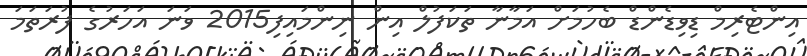
އިންޓެރިމް ޑިވިޑެންޑް ބެހުމަށް އަމާނާ ތަކަފުލް އިން ނިންމައިފި2015 ވަނަ އަހަރުގެ ފުރަތަމަ